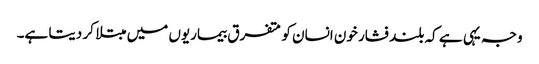
وجہ یہی ہے کہ بلند فشار خون انسان کو متفرق بیماریوں میں مبتلا کر دیتا ہے۔